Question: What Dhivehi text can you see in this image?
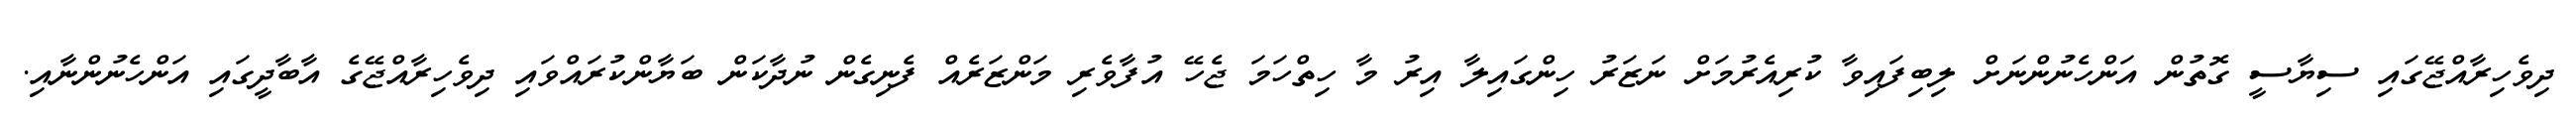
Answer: ދިވެހިރާއްޖޭގައި ސިޔާސީ ގޮތުން އަންހެނުންނަށް ލިބިފައިވާ ކުރިއެރުމަށް ނަޒަރު ހިންގައިލާ އިރު މާ ހިތްހަމަ ޖެހޭ އުފާވެރި މަންޒަރެއް ފެނިގެން ނުދާކަން ބަޔާންކުރައްވައި ދިވެހިރާއްޖޭގެ އާބާދީގައި އަންހެނުންނާއި.